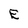
Character: E